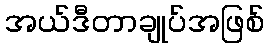
အယ်ဒီတာချုပ်အဖြစ်